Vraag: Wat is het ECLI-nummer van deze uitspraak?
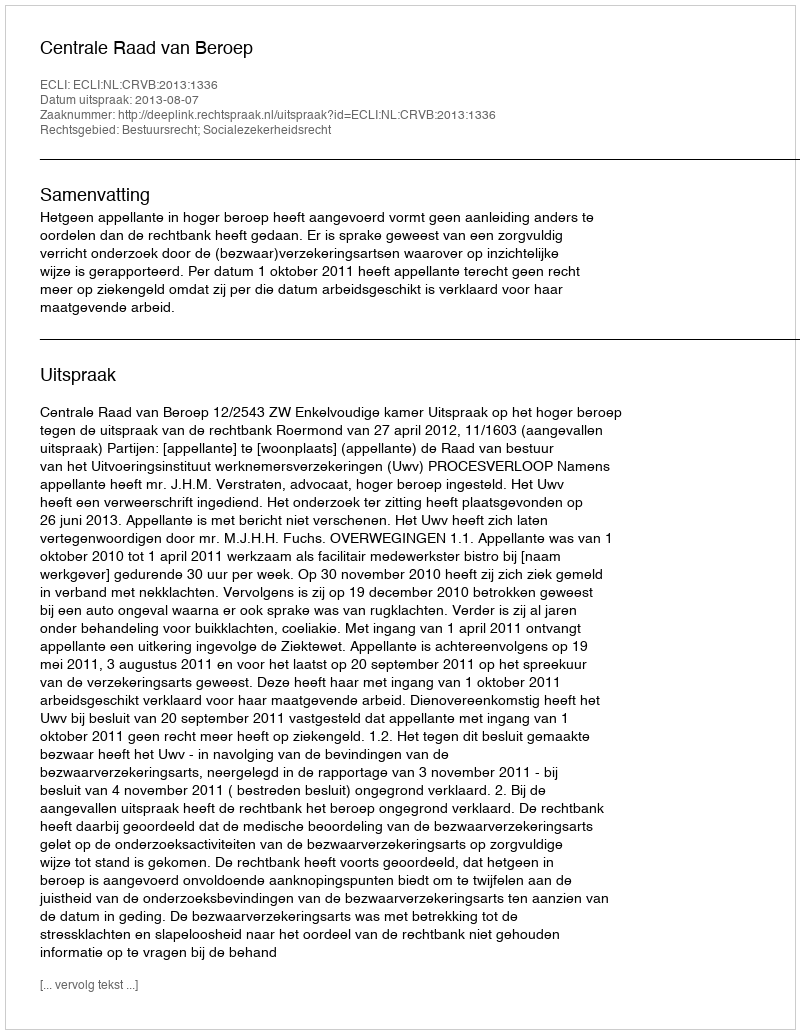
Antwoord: ECLI:NL:CRVB:2013:1336